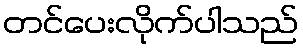
တင်ပေးလိုက်ပါသည်